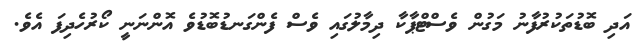
އަދި ބޮޑުތަކުރުފާނު މަގުން ވެސްޓްޕާކާ ދިމާލުގައި ވެސް ފެންގަނޑުބޮޑުވެ އޮންނަނީ ކޯރުހެދިފަ އެވެ.